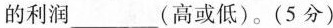
的利润___(高或低)。(5分)